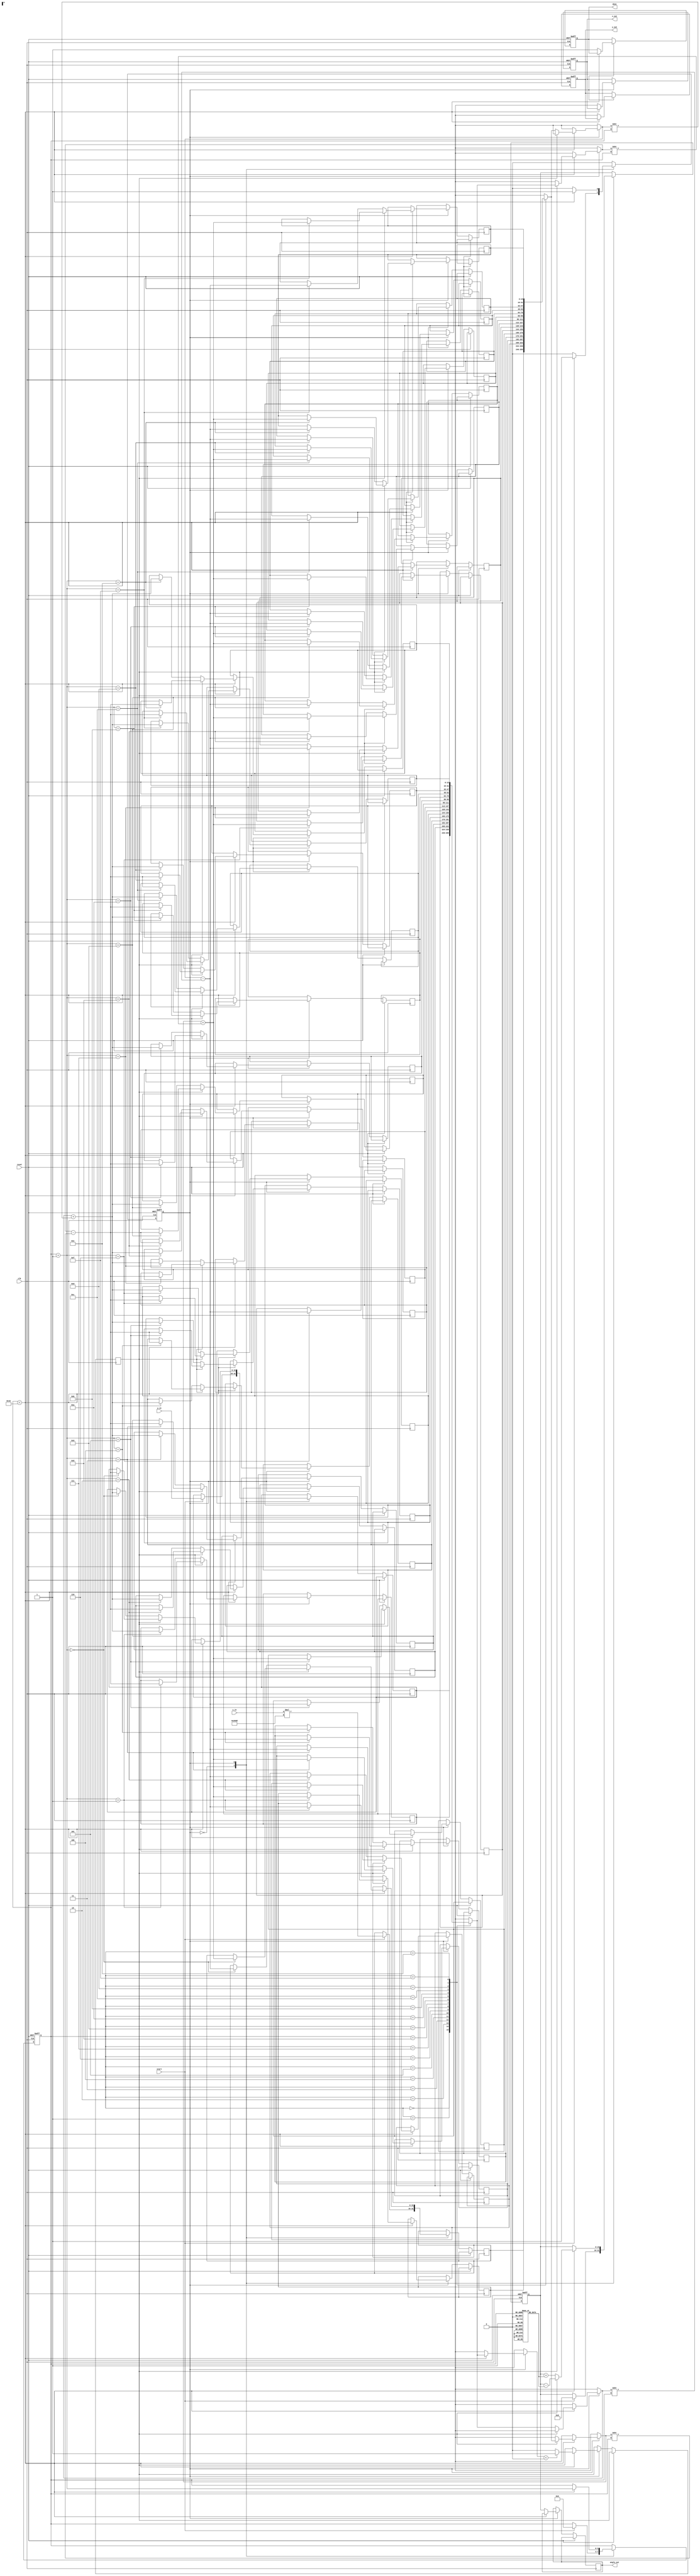
module CORDIC_Vect (
    input wire clk,
    input wire reset,
    input wire start,
    input wire [15:0] x_in, // Change width as needed
    input wire [15:0] y_in, // Change width as needed
    output reg [15:0] x_out, // Change width as needed
    output reg [15:0] y_out, // Change width as needed
    output reg [15:0] angle_out, // Angle output in radians
    output reg done
);

parameter N_ITER = 16; // Number of Iterations
parameter [15:0] K = 16'h26DD; // CORDIC gain factor (Q16 format)
reg [15:0] x [0:N_ITER-1];
reg [15:0] y [0:N_ITER-1];
reg [15:0] angle_accum;
reg [3:0] iteration_count;
reg [3:0] angle_table [0:N_ITER-1]; // Precomputed angle table (Q16)
reg dir;
reg state; // FSM state
localparam IDLE = 1'b0, RUN = 1'b1;

// Initialize angle table
initial begin
    angle_table[0] = 16'h2000; // atan(2^0)
    angle_table[1] = 16'h1000; // atan(2^-1)
    angle_table[2] = 16'h0800; // atan(2^-2)
    angle_table[3] = 16'h0400; // atan(2^-3)
    // ... (Continue filling angle_table for all iterations)
end

// State machine
always @(posedge clk or posedge reset) begin
    if (reset) begin
        state <= IDLE;
        done <= 1'b0;
        iteration_count <= 0;
        angle_accum <= 0;
        x_out <= 0;
        y_out <= 0;
    end else begin
        case (state)
            IDLE: begin
                if (start) begin
                    // Initialization step
                    x[0] <= x_in * K; // Scale input by K
                    y[0] <= y_in;     // No scaling for y
                    angle_accum <= 0;
                    iteration_count <= 0;
                    state <= RUN;
                end
            end
            RUN: begin
                if (iteration_count < N_ITER) begin
                    dir <= (y[iteration_count] < 0) ? 1'b1 : 1'b0; // Determine direction
                    // Perform rotation
                    if (dir) begin // Counter-clockwise
                        x[iteration_count + 1] <= x[iteration_count] + (y[iteration_count] >> iteration_count);
                        y[iteration_count + 1] <= y[iteration_count] - (x[iteration_count] >> iteration_count);
                        angle_accum <= angle_accum - angle_table[iteration_count]; // Accumulate angle
                    end else begin // Clockwise
                        x[iteration_count + 1] <= x[iteration_count] - (y[iteration_count] >> iteration_count);
                        y[iteration_count + 1] <= y[iteration_count] + (x[iteration_count] >> iteration_count);
                        angle_accum <= angle_accum + angle_table[iteration_count]; // Accumulate angle
                    end
                    iteration_count <= iteration_count + 1;
                end else begin
                    // Final output assignment
                    x_out <= x[N_ITER];
                    y_out <= y[N_ITER];
                    angle_out <= angle_accum; 
                    done <= 1'b1;
                    state <= IDLE; // Go back to IDLE state after done
                end
            end
        endcase
    end
end

endmodule